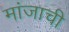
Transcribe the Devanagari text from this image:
मांजाची